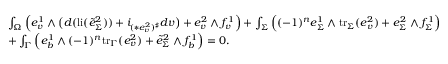
\begin{array} { r l } & { \int _ { \Omega } \Big ( e _ { v } ^ { 1 } \wedge \big ( d ( \mathrm { l i } ( \tilde { e } _ { \Sigma } ^ { 2 } ) ) + i _ { ( \ast e _ { v } ^ { 2 } ) ^ { \sharp } } d v \big ) + e _ { v } ^ { 2 } \wedge f _ { v } ^ { 1 } \Big ) + \int _ { \Sigma } \Big ( ( - 1 ) ^ { n } e _ { \Sigma } ^ { 1 } \wedge \mathrm { t r } _ { \Sigma } ( e _ { v } ^ { 2 } ) + e _ { \Sigma } ^ { 2 } \wedge f _ { \Sigma } ^ { 1 } \Big ) } \\ & { + \int _ { \Gamma } \Big ( e _ { b } ^ { 1 } \wedge ( - 1 ) ^ { n } \mathrm { t r } _ { \Gamma } ( e _ { v } ^ { 2 } ) + \tilde { e } _ { \Sigma } ^ { 2 } \wedge f _ { b } ^ { 1 } \Big ) = 0 . } \end{array}